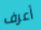
أعرف